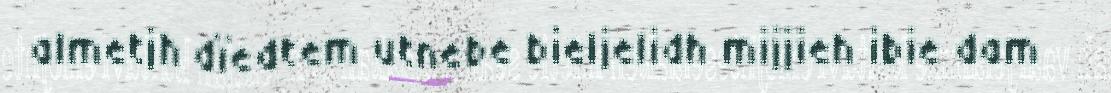
almetjh dïedtem utnebe bieljelidh mijjieh ibie dam